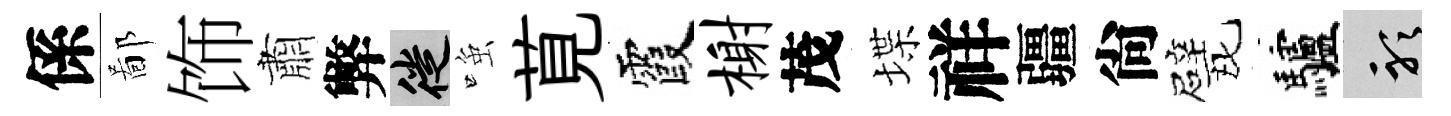
係鄙饰肅弊徙𫪻莧霞榭茂堞祥疆尙戏驢聽